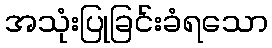
အသုံးပြုခြင်းခံရသော